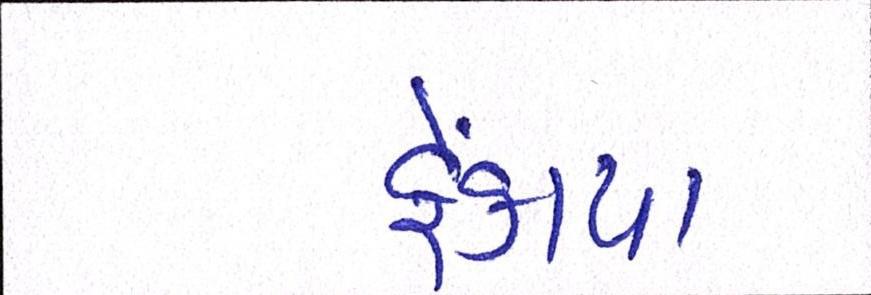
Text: ફેંકાયા